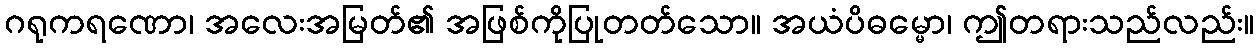
ဂရုကရဏော၊ အလေးအမြတ်၏ အဖြစ်ကိုပြုတတ်သော။ အယံပိဓမ္မော၊ ဤတရားသည်လည်း။